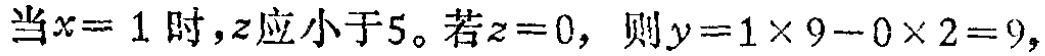
当\(x = 1\)时，\(z\)应小于\(5\)。若\(z = 0\)，则\(y = 1\times9 - 0\times2 = 9\)，